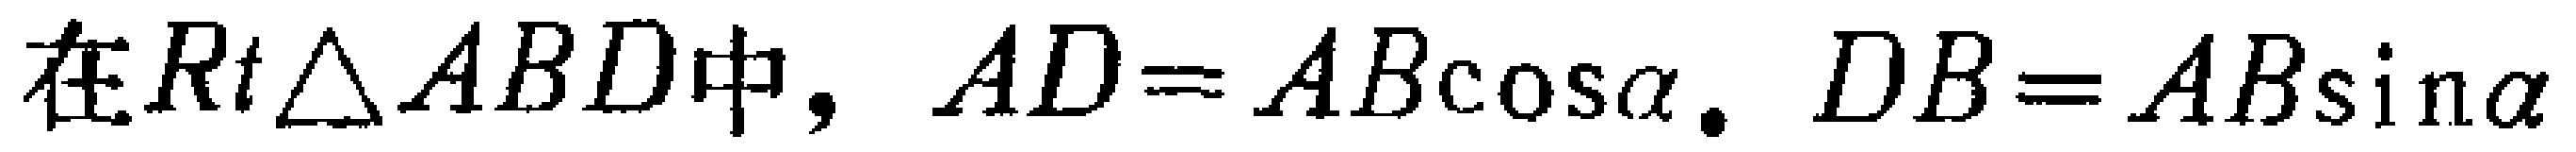
在$Rt\triangle ABD中，AD = AB\cos\alpha. DB = AB\sin\alpha$